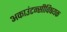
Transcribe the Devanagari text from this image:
अकाउंटन्सीविषयक